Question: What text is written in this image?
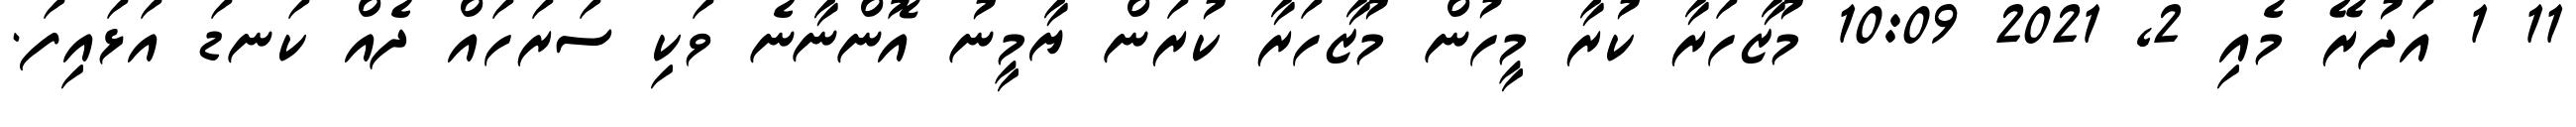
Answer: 11 1 އަދުރޭ މެއި 2, 2021 10:09 މުޒާހަރާ ކުރާ މީހުން މުޒާހަރާ ކުރަން ޔާމީނު އޮންނާނެ ވަކި ސަރަހައް ދެއް ކަނޑަ އަޅައިފަ.